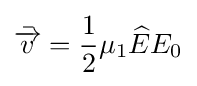
{\bar {\overrightarrow {v}}}={\frac {1}{2}}\mu _{1}{\widehat {E}}E_{0}